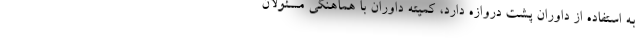
به استفاده از داوران پشت دروازه دارد، کمیته داوران با هماهنگی مسئولان